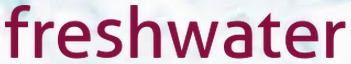
freshwater